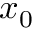
x _ { 0 }